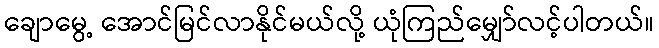
ချောမွေ့ အောင်မြင်လာနိုင်မယ်လို့ ယုံကြည်မျှော်လင့်ပါတယ်။